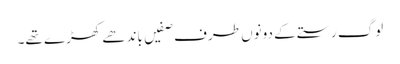
لوگ رستے کے دونوں طرف صفیں باندھے کھڑے تھے۔